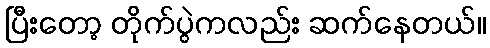
ပြီးတော့ တိုက်ပွဲကလည်း ဆက်နေတယ်။